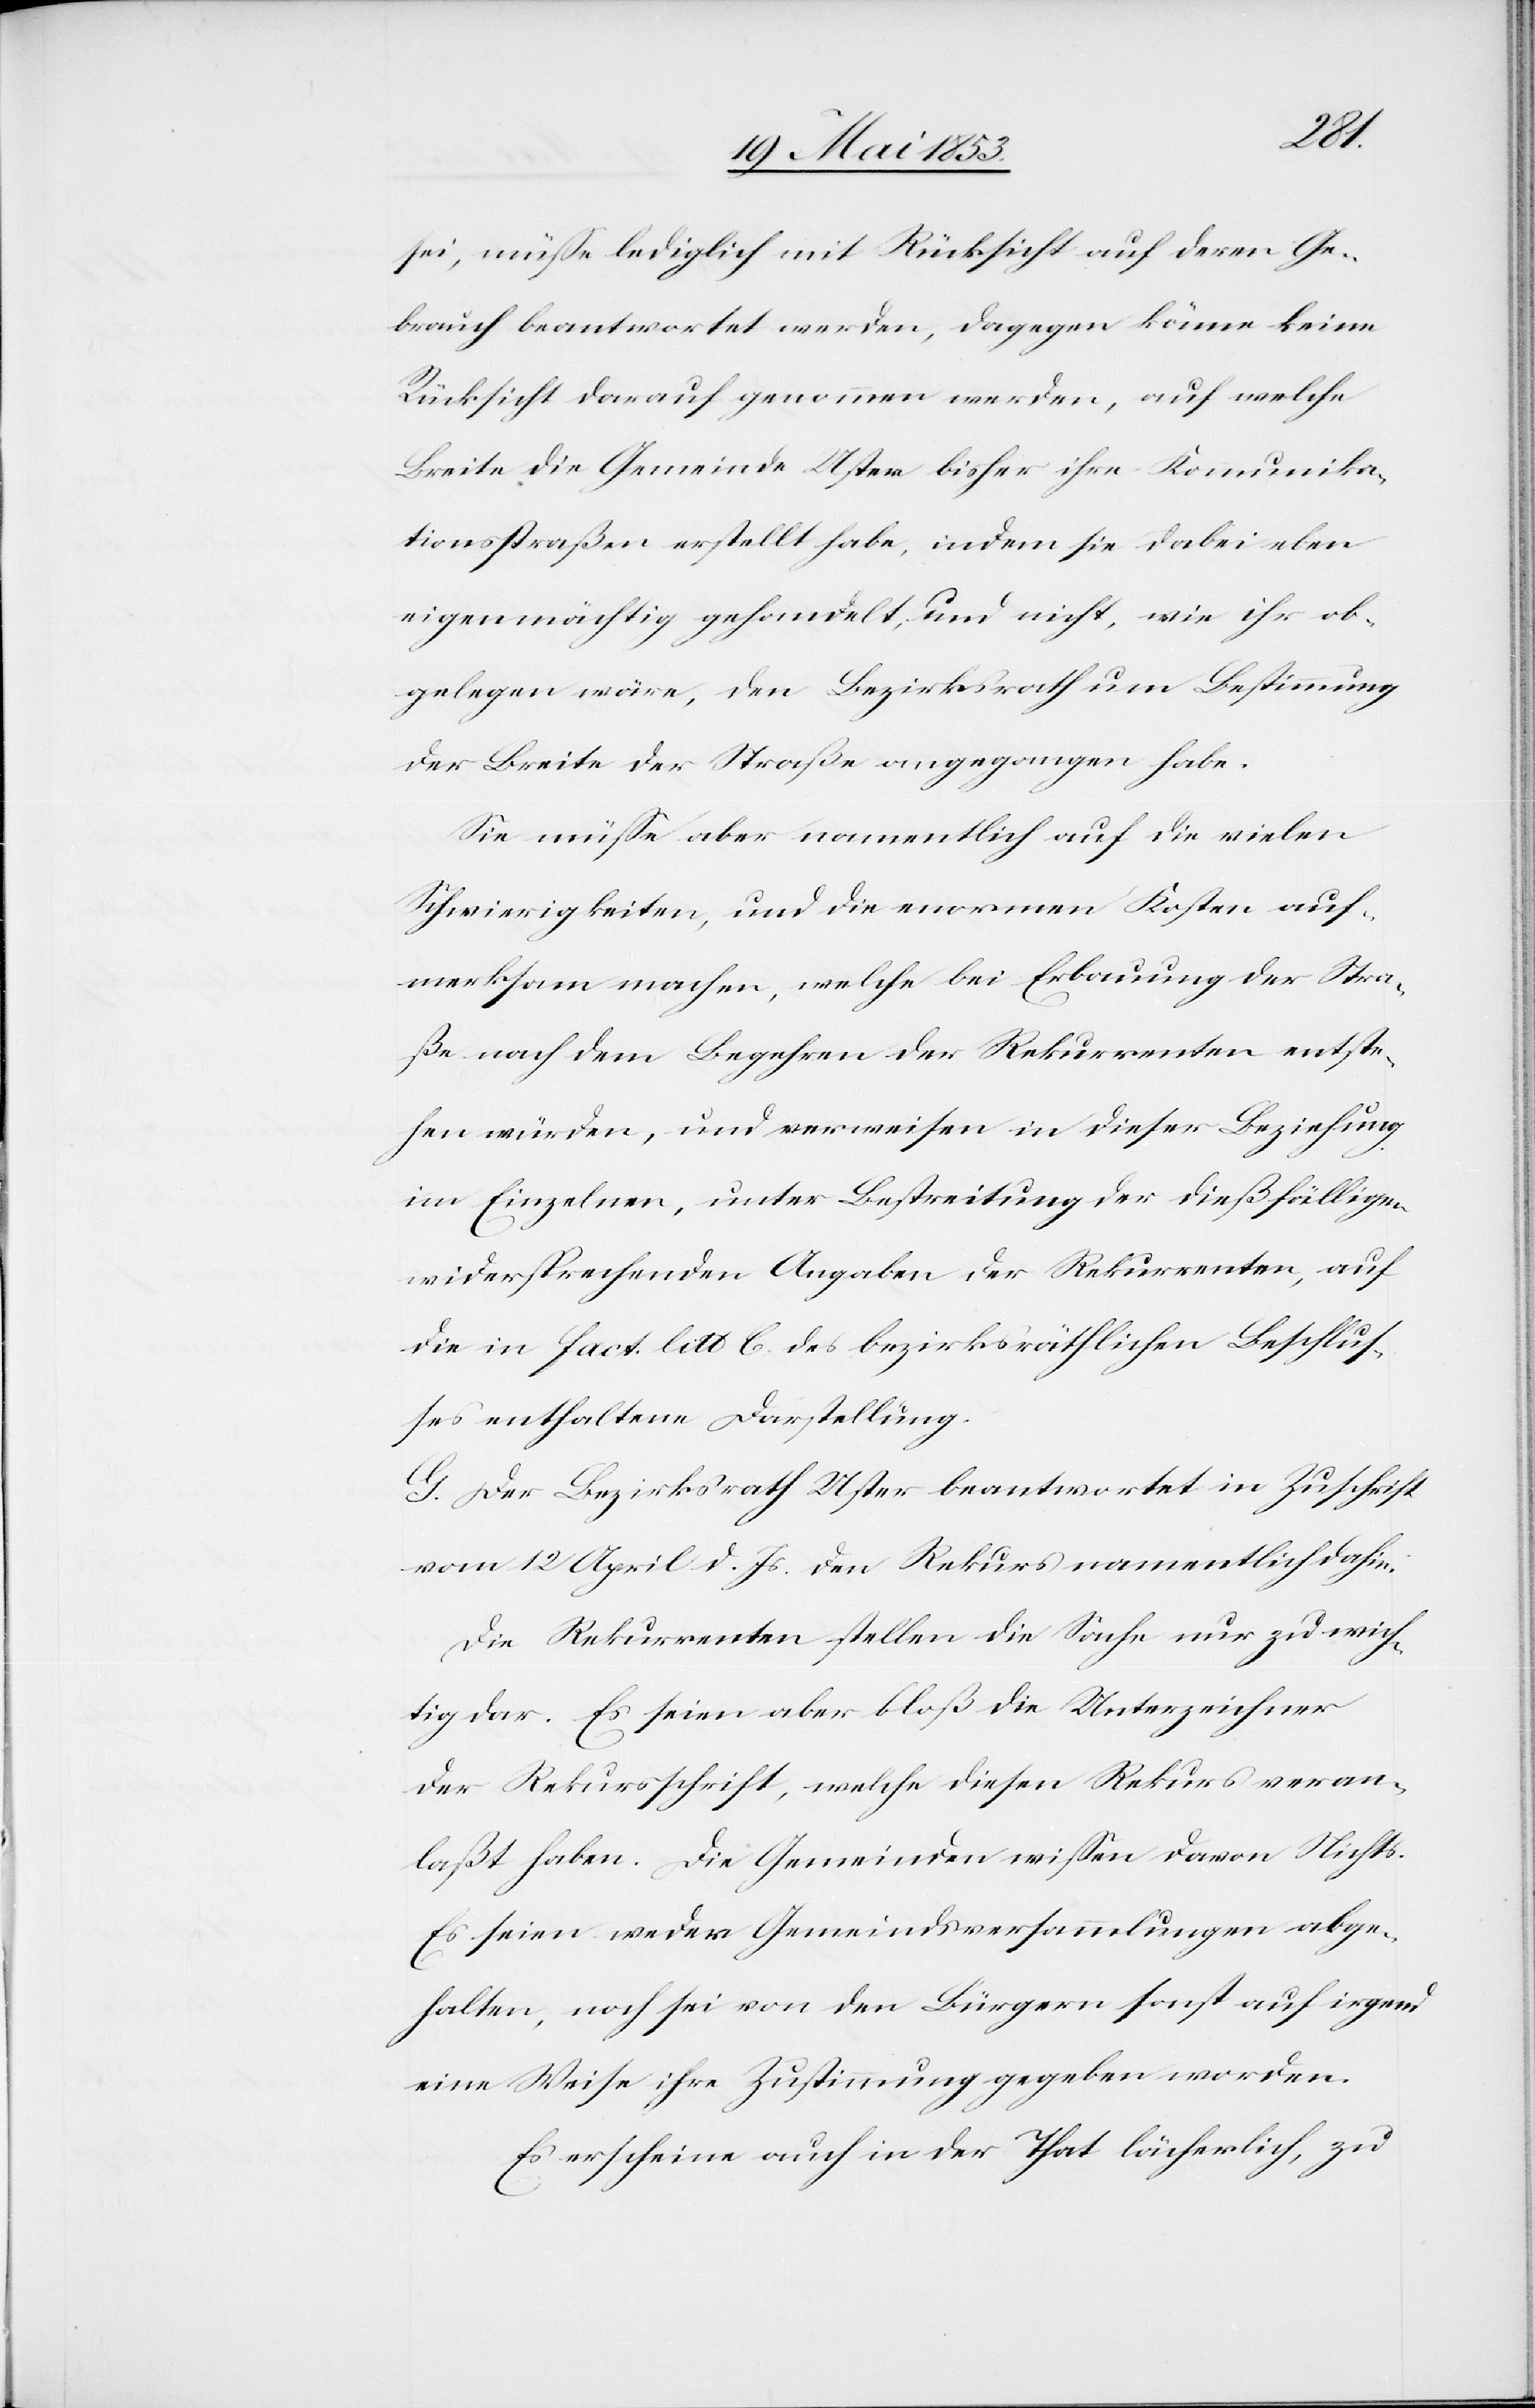
sei, müße lediglich mit Rücksicht auf deren Ge¬
brauch beantwortet werden, dagegen könne keine
Rücksicht darauf genommen werden, auf welche
Breite die Gemeinde Uster bisher ihre Kommunika¬
tionsstraßen erstellt habe, indem sie dabei eben
eigenmächtig gehandelt, und nicht, wir ihr ob¬
gelegen wäre, den Bezirksrath um Bestimmung
der Breite der Straße angegangen habe.
Sie müße aber namentlich auf die vielen
Schwierigkeiten, und die enormen Kosten auf¬
merksam machen, welche bei Erbauung der Stra¬
ße nach dem Begehren der Rekurrenten entste¬
hen würden, und verweisen in dieser Beziehung
im Einzelnen, unter Bestreitung der dießfälligen
widersprechenden Angaben der Rekurrenten, auf
die in fact. litt. b. des bezirksräthlichen Beschlus¬
ses enthaltene Darstellung.
G. Der Bezirksrath Uster beantwortet in Zuschrift
vom 12 April d. Js. den Rekurs namentlich dahin:
Die Rekurrenten stellen die Sache nur zu rich¬
tig dar. Es seien aber bloß die Unterzeichner
der Rekursschrift, welche diesen Rekurs veran¬
laßt haben. Die Gemeinden wißen davon Nichts.
Es seien weder Gemeindsversammlungen abge¬
halten, noch sei von den Bürgern sonst auf irgend
eine Weise ihre Zustimmung gegeben worden.
Es erscheine auch in der That lächerlich, zu